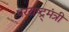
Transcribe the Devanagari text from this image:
परराष्ट्र्मंत्री